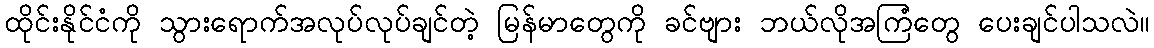
ထိုင်းနိုင်ငံကို သွားရောက်အလုပ်လုပ်ချင်တဲ့ မြန်မာတွေကို ခင်ဗျား ဘယ်လိုအကြံတွေ ပေးချင်ပါသလဲ။